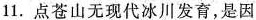
11.点苍山无现代冰川发育，是因